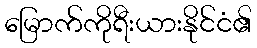
မြောက်ကိုရီးယားနိုင်ငံ၏